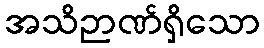
အသိဉာဏ်ရှိသော